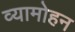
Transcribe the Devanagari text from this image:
व्यामोहन